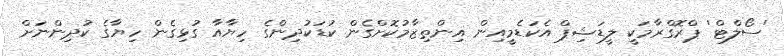
'ސޯލްޓް' ޕްރޮގްރާމަކީ ލީޑަޝިޕް އެކަޑެމީއިން އިންތިޒާމުކޮށްގެން ކުޑަކުދިންގެ ހިޔާއާ ގުޅިގެން ހިޔާގެ ކުދިންނަށް